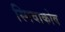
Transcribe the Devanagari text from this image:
स्पिवाकोव